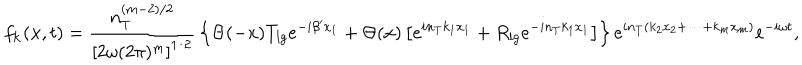
f _ { \bf k } ( { \bf x } , t ) = { \frac { n _ { T } ^ { ( m - 2 ) / 2 } } { \left[ 2 \omega ( 2 \pi ) ^ { m } \right] ^ { 1 / 2 } } } \left\{ \Theta ( - x ) T _ { l g } e ^ { - i \beta ^ { \prime } x _ { 1 } } + \Theta ( x ) \left[ e ^ { i n _ { T } k _ { 1 } x _ { 1 } } + R _ { l g } e ^ { - i n _ { T } k _ { 1 } x _ { 1 } } \right] \right\} e ^ { i n _ { T } ( k _ { 2 } x _ { 2 } + \cdots + k _ { m } x _ { m } ) } e ^ { - i \omega t } ,